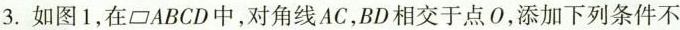
3.如图1在 \parallelogram ABCD中,对角线AC,BD相交于点添加下列条件不